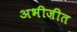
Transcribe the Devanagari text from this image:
अभीजीत